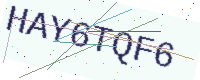
Text: HAY6TQF6